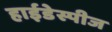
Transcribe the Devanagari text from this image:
हाईडेस्पीज